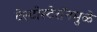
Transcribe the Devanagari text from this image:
टेस्टोस्टेरॉनमुळे